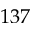
1 3 7